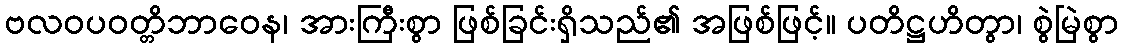
ဗလဝပဝတ္တိဘာဝေန၊ အားကြီးစွာ ဖြစ်ခြင်းရှိသည်၏ အဖြစ်ဖြင့်။ ပတိဋ္ဌဟိတွာ၊ စွဲမြဲစွာ